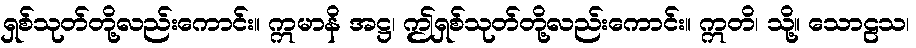
ရှစ်သုတ်တို့လည်းကောင်း။ ဣမာနိ အဋ္ဌ၊ ဤရှစ်သုတ်တို့လည်းကောင်း။ ဣတိ၊ သို့။ သောဠသ၊